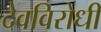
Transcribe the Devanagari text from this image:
देवविरोधी